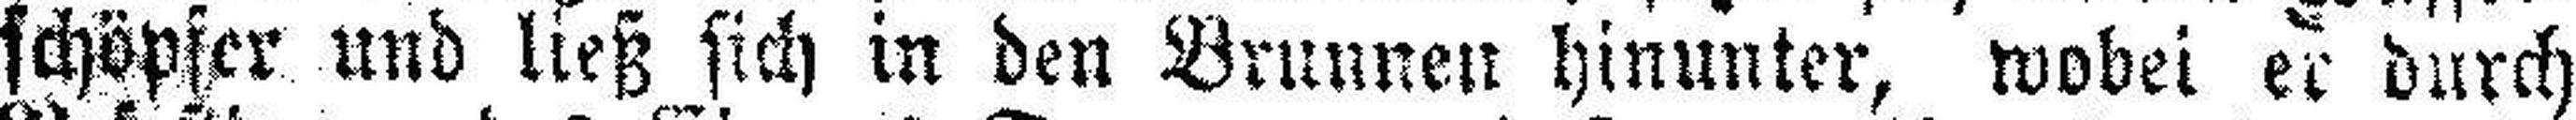
schöpfer und ließ sich in den Brunnen hinunter, wobei er durch